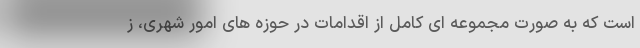
است که به صورت مجموعه ای کامل از اقدامات در حوزه های امور شهری، ز